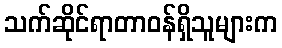
သက်ဆိုင်ရာတာဝန်ရှိသူများက